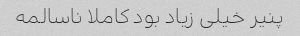
پنیر خیلی زیاد بود کاملا ناسالمه